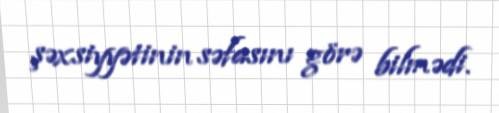
şəxsiyyətinin səfasını görə bilmədi.